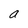
Character: a